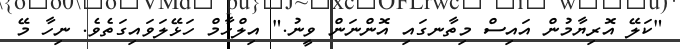
"ކަލޭ އޮރިޔާމުން އައިސް މިތާނގައި އޮންނަން ވީނު." އިލްހާމް ހަޅޭލަވައިގަތެވެ. ނިހާ މޭ